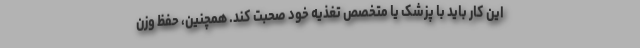
این کار باید با پزشک یا متخصص تغذیه خود صحبت کند. همچنین، حفظ وزن